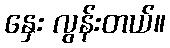
နှေး လွန်းတယ်။